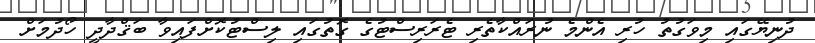
ދުނިޔޭގައި މިވަގުތު ހުރި އެންމެ ނުރައްކާތެރި ޓެރަރިސްޓުގެ ގޮތުގައި ލިސްޓުކޮށްފައިވާ ބަޤްދާދީ ހޯދުމަށް